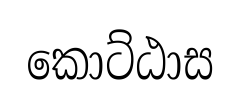
කොට්ඨාස